Tezpur Lunatic Asylum reports 1895-1904 - 1895-1904
Year: 1895
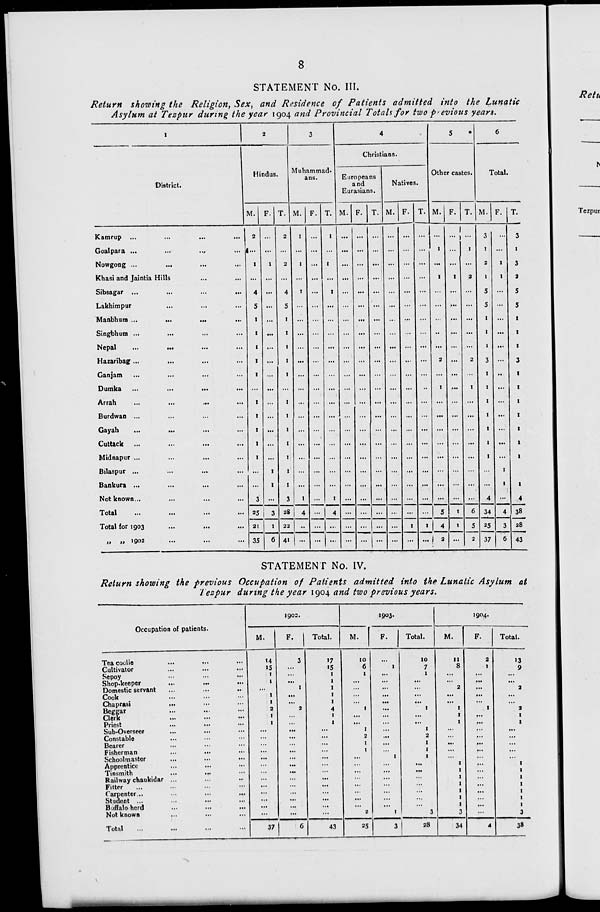
8
STATEMENT No. III.
Return showing the Religion, Sex, and Residence of Patients admitted into the Lunatic
Asylum at Tezpur during the year 1904 and Provincial Totals for two p>evious years.
District.
Hindus.
Kamrup ...
Goalpara ...
Nowgong ...
Khasi and Jaintia Hills
Sibsagar ...
Lakhimpur
Manbhum ...
...
Singbhum ...
Nepal
...
...
Hazaribag ...
Ganjam
...
...
Dumka
Arrah
Burdwan ...
Gayah
...
..,
Cuttack
Midnapur ...
Bilaspur ...
Bankura ...
Not known...
Total
Total for 1903
„ „ 1902
Muhammad-
ans.
Christians.
M. F. T. M. F
... |.
Europeans
and
Eurasians.
M.
T.
Natives.
M. F.
Other castes.
M. F. T.
Total.
M. F. T
2
...
2
1
...
I
... ... ... ... ... ... ...
1
..., ...
3
3
1... ... ... ... ... ... ... ... ... ... ... ...
1
...
1
1
...
l
...
I
2
4
5
!
1
1
...
I
I
...
... ...
...
... ...
■
1
2
2
1
5
5
1
1
1
3
3
5
5
...
I
1
...
:::
... ... ... ...
:
1
1
...
...
I
...
...
...
... ... ... ...
2
2
3
1
...
I
I
... ... ... ... ... ... ... ... ...
1
...
1
1
1
1
...
...
I
I
... ...
... ... ... ... ... ... ... ... ...
1
1
...
...
I
... ... ... ... ... ... ... ... ... ... ... ...
1
...
...
I
1
... ... ... ... ... ... ... ... ... ... ... ...
1
...
I
I
... ... ... ... ... ... ... ... ... ... ... ... ...
1
1
3 ...
3
l
...
1
... ... ... ... ... ... ... ... ...
4 ...
4
25
3 28
4 ...
4 ... ... ... ... ... ...
5
1
6 34
4 38
21
1
22
•• ... ... ... ... ... ...
1
1
4
1
5
*
25
3 28
35
6 41 j ... ... ... ... ...
-
... ... ...
2
...
37
6 43
STATEMENT No. IV.
Return showing the previous Occupation of Patients admitted into the Lunatic Asylum at
Tezpur during the year 1904 and two previous years.
1902.
J903.
1904.
Occupation of patients.
M.
F. 1 Total.
M.
F.
Total.
M.
F.
Total.
Tea coolie
Cultivator
Sepoy
Shop-keeper
...
...
•••
Domestic servant
Cook
Chaprasi
...
Beggar
Clerk
...
•••
•••
Priest
Sub-Overseer
Constable
Bearer
Fisherman
Schoolmaster
...
...
•••
Apprentice
...
...
•••
Tinsmith
...
...
Railway chaukidar ...
Fitter
Carpenter...
•••
...
...
Student ...
•■•
...
...
Buffalo herd
...
...
...
Not known
14
15
1
1
1
1
2
I
1
3
1
2
>5
1
1
1
1
1
4
1
I
x %
1
i
1
2
1
1
2
1
1
1
10
7
1
1
2
1
1
3
11
8
2
1
1
1
1
1
1
1
1
1
1
3
2
1
1
>3
9
2
2
I
I
3
Total
37
6
43
25
3 1
28
34
4
38
MH ■i